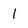
Character: l